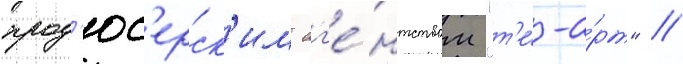
прод'юс'ерск'им аг'е́нтством "т'е́-а́рт" //